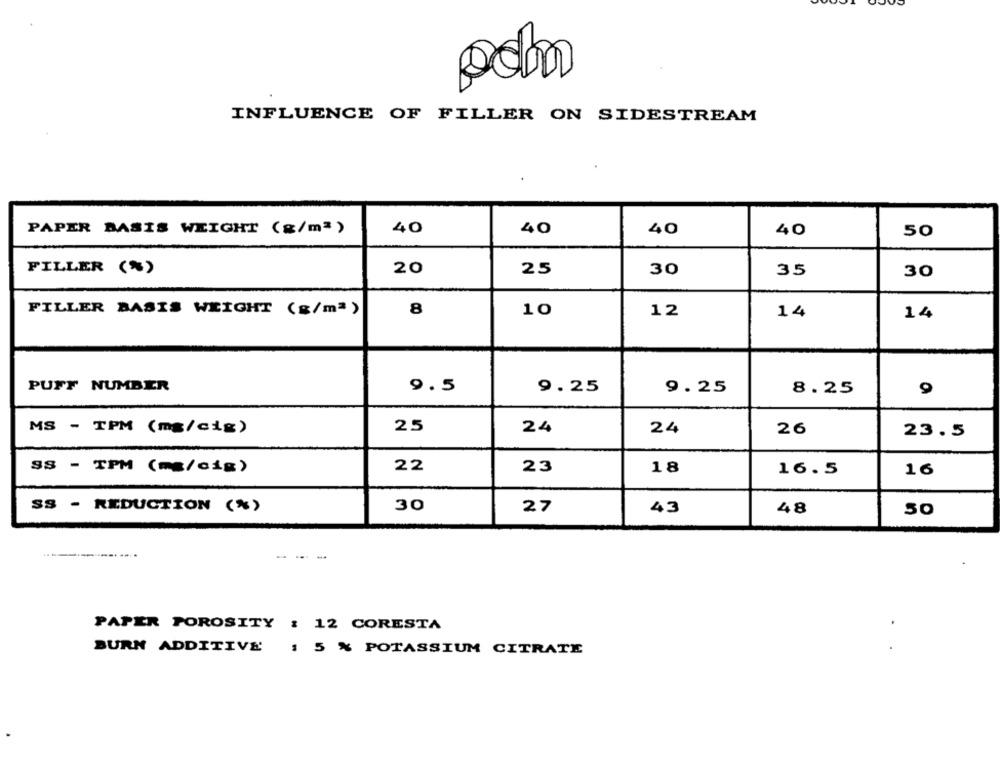
poho
INFLUENCE OF FILLER ON SIDESTREAM
PAPER BASIS WEIGHT (g/m3)
40
40
40
40
50
FILLER (%)
20
30
25
35
30
8
FILLER BASIS WEIGHT (g/mª)
10
12
14
14
PUFF NUMBER
9.5
9.25
9.25
8.25
MS - TPM (mg/cig)
25
24
24
26
23.5
SS - TPM (mg/cig)
22
23
18
16.5
16
SS - REDUCTION (%)
30
27
43
48
50
----. ....
-- -
PAPER POROSITY
: 12 CORESTA
BURN ADDITIVE'
: 5 % POTASSIUM CITRATE